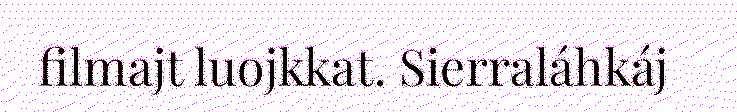
filmajt luojkkat. Sierraláhkáj